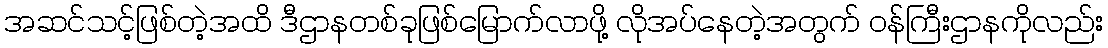
အဆင်သင့်ဖြစ်တဲ့အထိ ဒီဌာနတစ်ခုဖြစ်မြောက်လာဖို့ လိုအပ်နေတဲ့အတွက် ဝန်ကြီးဌာနကိုလည်း